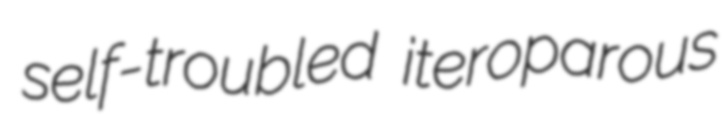
self-troubled iteroparous